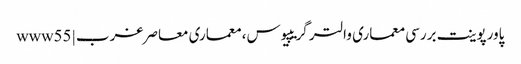
پاورپوینت بررسی معماری والتر گریپیوس، معماری معاصر غرب | www55